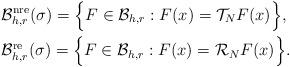
LaTeX: \begin{align*}&\mathcal{B}^{\rm nre}_{h,r}(\sigma)= \Big\{F\in \mathcal{B}_{h,r}:F(x)=\mathcal{T}_{N}F(x)\Big\},\\&\mathcal{B}^{\rm re}_{h,r}(\sigma) = \Big\{F\in \mathcal{B}_{h,r}:F(x)=\mathcal{R}_{N}F(x)\Big\}.\end{align*}